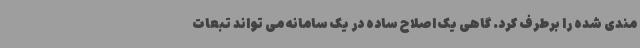
مندی شده را برطرف کرد. گاهی یک اصلاح ساده در یک سامانه می تواند تبعات